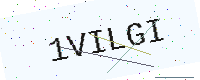
Text: 1VILGI